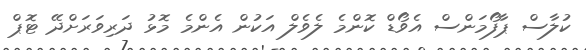
ކުލާސް ޕާފޯމަންސް އެވޯޑް ކޮންމެ ލެވެލް އަކުން އެންމެ މޮޅު ދަރިވަރަށްދޭ ޓޮޕް